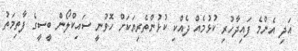
އަދި އެންމެ ފައިދާހުރި ކުޅުމެއް ދެއްކި ކުޅުންތެރިޔަކަށް ހޮވުނީ ސައިކްލޯން ބީސީގެ ފާތިމަތު